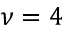
\nu = 4